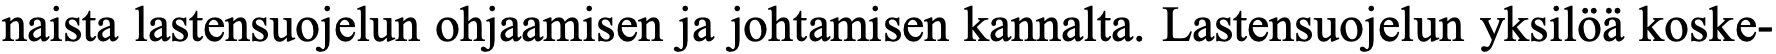
naista lastensuojelun ohjaamisen ja johtamisen kannalta. Lastensuojelun yksilöä koske-